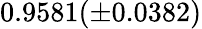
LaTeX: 0.9581(\pm 0.0382)